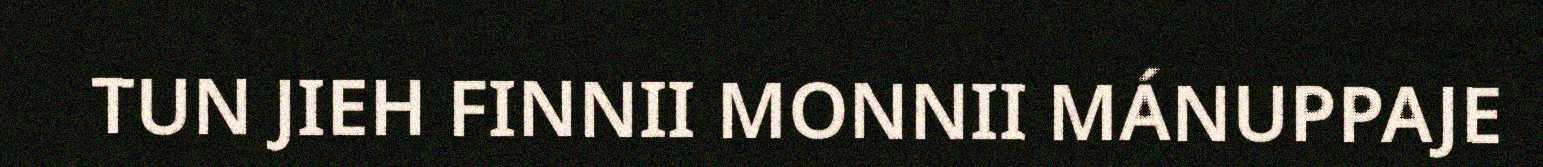
TUN JIEH FINNII MONNII MÁNUPPAJE